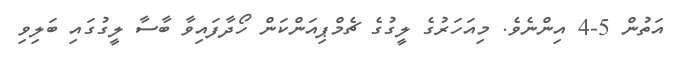
އަތުން 5-4 އިންނެވެ. މިއަހަރުގެ ލީގުގެ ޗެމްޕިއަންކަން ހޯދާފައިވާ ބާސާ ލީގުގައި ބަލިވި